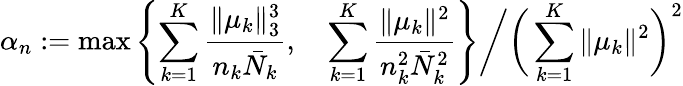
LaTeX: \alpha_{n}:=\operatorname*{max}\left\{ \sum_{k=1}^{K}\frac{\| \mu_{k}\| _{3}^{3}}{n_{k}\bar{N}_{k}},\quad\sum_{k=1}^{K}\frac{\| \mu_{k}\| ^{2}}{n_{k}^{2}\bar{N}_{k}^{2}}\right\} \bigg/\bigg(\sum_{k=1}^{K}\| \mu_{k}\| ^{2}\bigg)^{2}